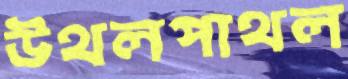
উথলপাথল